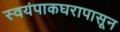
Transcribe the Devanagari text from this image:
स्वयंपाकघरापासून